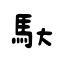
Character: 馱